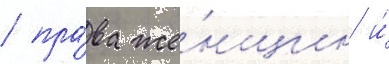
/ пра́ва же́нщин и́